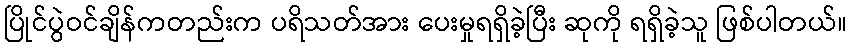
ပြိုင်ပွဲဝင်ချိန်ကတည်းက ပရိသတ်အား ပေးမှုရရှိခဲ့ပြီး ဆုကို ရရှိခဲ့သူ ဖြစ်ပါတယ်။